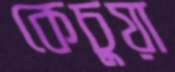
কেচুয়া